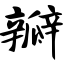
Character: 瓣